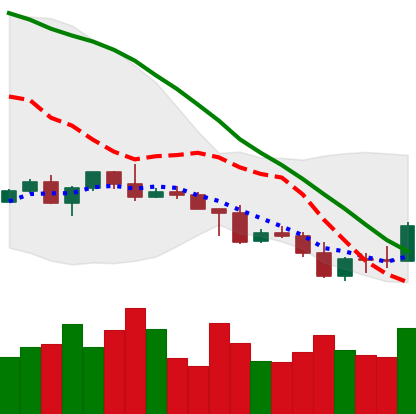
Ticker: NEO-USD
Chart end date: 2022-05-04
Forward return: -30.245%
Label: down_7plus